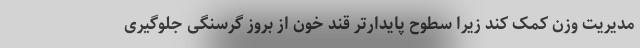
مدیریت وزن کمک کند زیرا سطوح پایدارتر قند خون از بروز گرسنگی جلوگیری